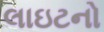
લાઇટનો